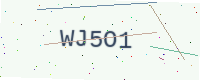
Text: WJ5O1